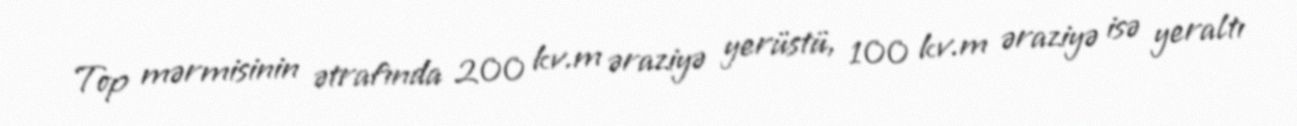
Top mərmisinin ətrafında 200 kv.m əraziyə yerüstü, 100 kv.m əraziyə isə yeraltı